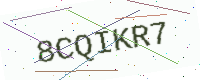
Text: 8CQIKR7